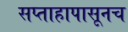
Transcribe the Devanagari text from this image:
सप्ताहापासूनच